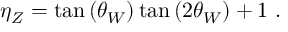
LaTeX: \eta _ { Z } = \tan { ( \theta _ { W } ) } \tan { ( 2 \theta _ { W } ) } + 1 \ .